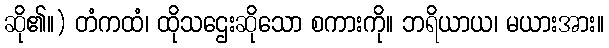
ဆို၏။) တံကထံ၊ ထိုသဌေးဆိုသော စကားကို။ ဘရိယာယ၊ မယားအား။